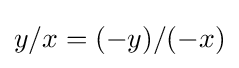
y/x=(-y)/(-x)